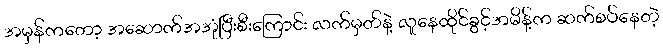
အမှန်ကတော့ အဆောက်အအုံပြီးစီးကြောင်း လက်မှတ်နဲ့ လူနေထိုင်ခွင့်အမိန့်က ဆက်စပ်နေတဲ့